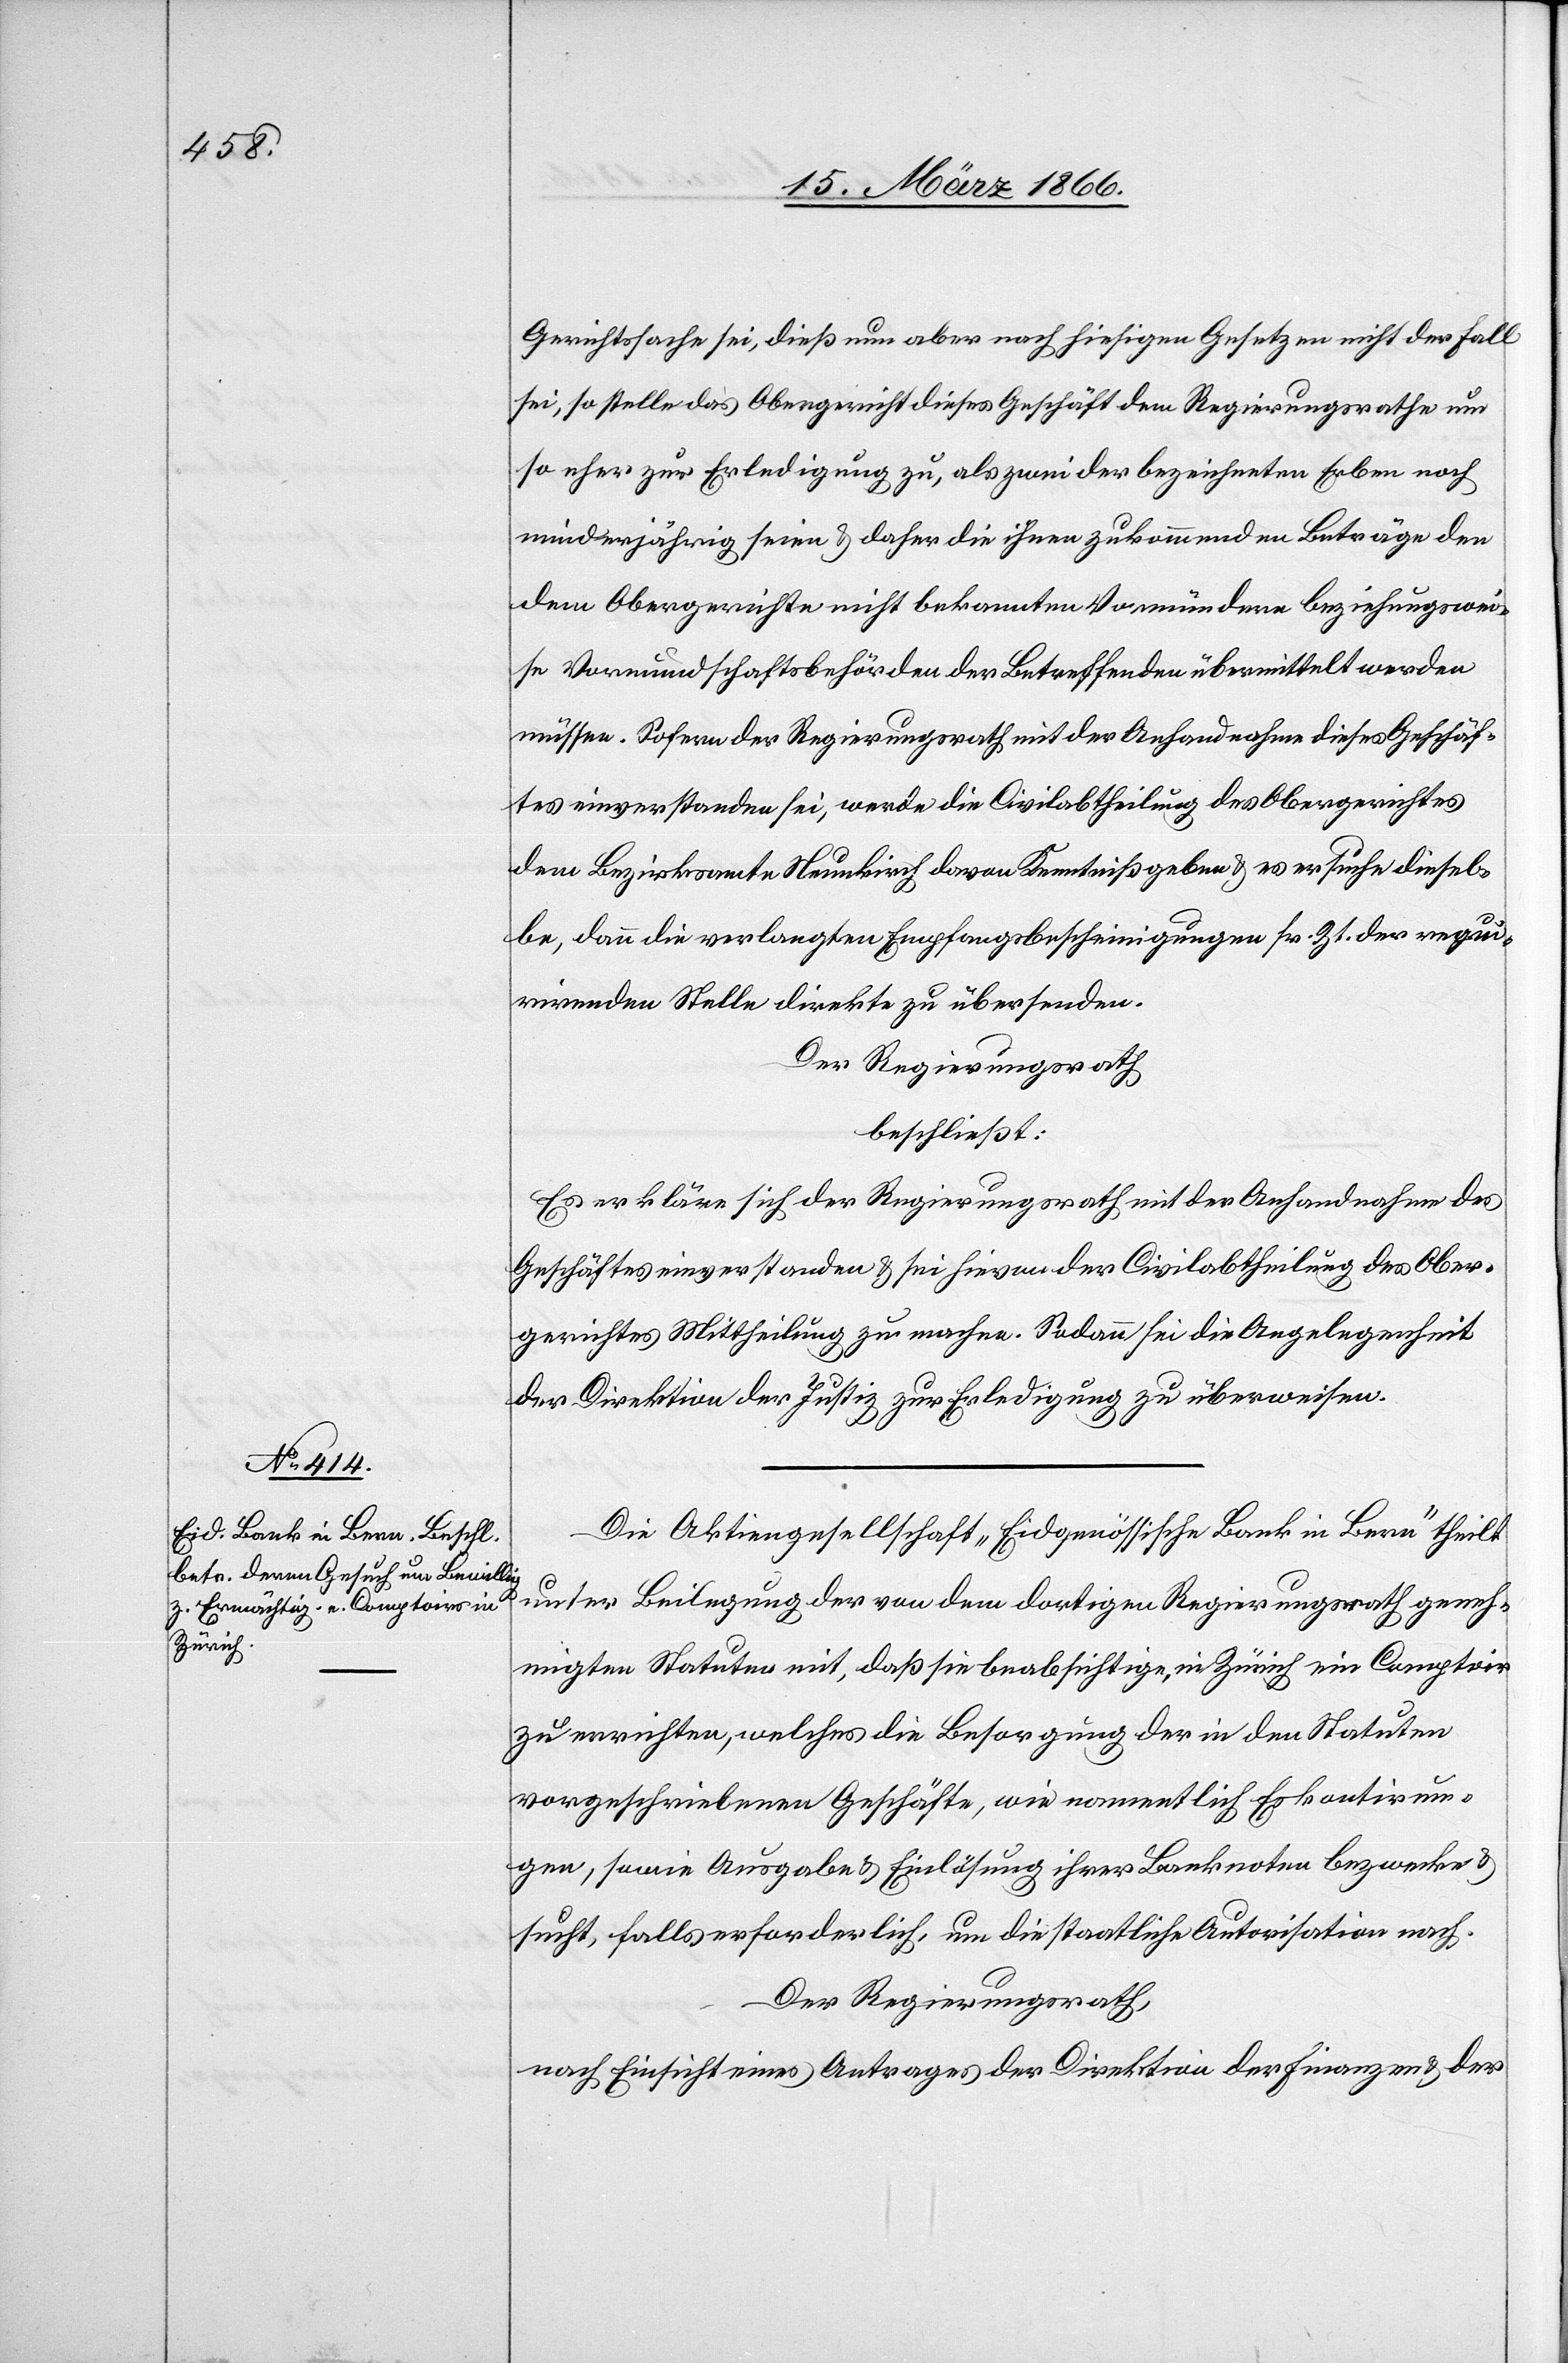
Gerichtssache sei, dieß nun aber nach hiesigen Gesetzen nicht der Fall
sei, so stelle das Obergericht dieses Geschäft dem Regierungsrathe um
so eher zur Erledigung zu, als zwei der bezeichneten Erben noch
minderjährig seien u. daher die ihnen zukommenden Beträge den
dem Obergerichte nicht bekannten Vormündern beziehungswei¬
se Vormundschaftsbehörden der Betreffenden übermittelt werden
müssen. Sofern der Regierungsrath mit der Anhandnahme dieses Geschäf¬
tes einverstanden sei, werde die Civilabtheilung des Obergerichtes
dem Bezirksamte Neukirch davon Kenntniß geben u. es ersuche diesel¬
be, dann die verlangten Empfangsbescheinigungen sr. Zt. der requi¬
rirenden Stelle direkte zu übersenden.
Der Regierungsrath,
beschließt:
Es erkläre sich der Regierungsrath mit der Anhandnahme des
Geschäftes einverstanden u. sei hievon der Civilabtheilung des Ober¬
gerichtes Mittheilung zu machen. Sodann sei die Angelegenheit
der Direktion der Justiz zur Erledigung zu überweisen.
Die Aktiengesellschaft „Eidgenössische Bank in Bern“ theilt
unter Beilegung der von dem dortigen Regierungsrath geneh¬
migten Statuten mit, daß sie beabsichtige, in Zürich ein Comptoir
zu errichten, welches die Besorgung der in den Statuen
vorgeschriebenen Geschäfte, wie namentlich Eskontirun¬
gen, sowie Ausgabe u. Einlösung ihrer Banknoten bezwecke u.
sucht, falls erforderlich, um die staatliche Autorisation nach.
Der Regierungsrath,
nach Einsicht eines Antrages der Direktion der Finanzen u. der